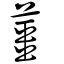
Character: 薑